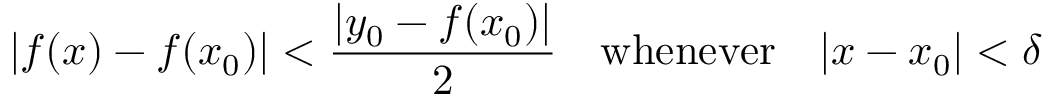
| f ( x ) - f ( x _ { 0 } ) | < { \frac { | y _ { 0 } - f ( x _ { 0 } ) | } { 2 } } \quad { \mathrm { w h e n e v e r } } \quad | x - x _ { 0 } | < \delta